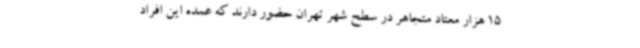
15 هزار معتاد متجاهر در سطح شهر تهران حضور دارند که عمده این افراد